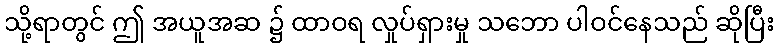
သို့ရာတွင် ဤ အယူအဆ ၌ ထာဝရ လှုပ်ရှားမှု သဘော ပါဝင်နေသည် ဆိုပြီး